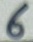
Text: 6